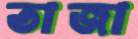
তাজা